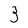
Character: 3